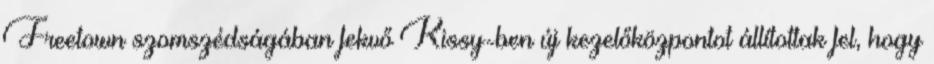
Freetown szomszédságában fekvő Kissy-ben új kezelőközpontot állítottak fel, hogy